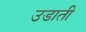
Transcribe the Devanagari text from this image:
उडाती